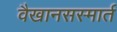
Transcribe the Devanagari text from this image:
वैखानसस्मार्त